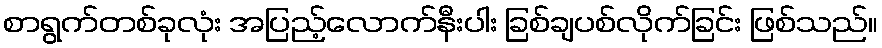
စာရွက်တစ်ခုလုံး အပြည့်လောက်နီးပါး ခြစ်ချပစ်လိုက်ခြင်း ဖြစ်သည်။